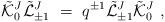
LaTeX: \begin{align*}{\tilde {\cal K}}^J_0 {\tilde {\cal L}}^J_{\pm 1} \ =\ q^{\pm 1}{\tilde {\cal L}}^J_{\pm 1} {\tilde {\cal K}}^J_0 \ ,\end{align*}